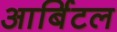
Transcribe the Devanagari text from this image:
आर्बिटल